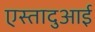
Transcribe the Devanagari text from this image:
एस्तादुआई